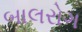
બાલરોગ